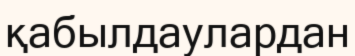
қабылдаулардан